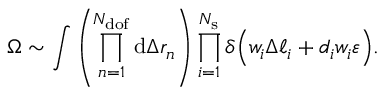
\Omega \sim \int { \left( \prod _ { n = 1 } ^ { N _ { \mathrm { d o f } } } { \mathrm { d } \Delta r _ { n } } \right) \prod _ { i = 1 } ^ { N _ { \mathrm { s } } } { \delta \Big ( w _ { i } \Delta \ell _ { i } + d _ { i } w _ { i } \varepsilon \Big ) } } .